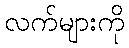
လက်များကို